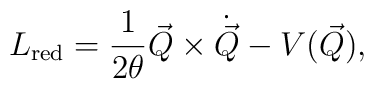
L_{\rm red}=\frac{1}{2\theta}\vec{Q}\times\dot{\vec{Q}}-V(\vec{Q}),